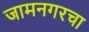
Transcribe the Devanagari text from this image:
जामनगरचा